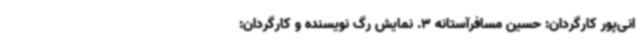
انی‌پور کارگردان: حسین مسافرآستانه 3. نمایش رگ نویسنده و کارگردان: